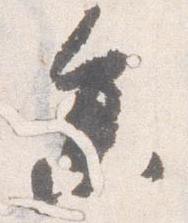
参